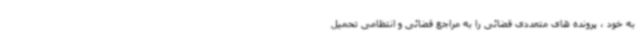
به خود ، پرونده های متعددی قضائی را به مراجع قضائی و انتظامی تحمیل